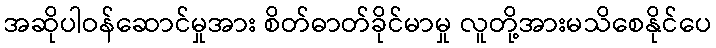
အဆိုပါဝန်ဆောင်မှုအား စိတ်ဓာတ်ခိုင်မာမှု လူတို့အားမသိစေနိုင်ပေ